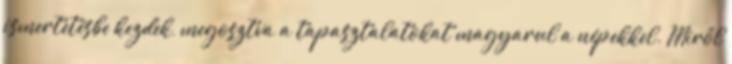
ismertetésbe kezdek, megosztva a tapasztalatokat magyarul a népekkel. Miről